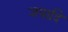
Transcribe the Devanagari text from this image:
जपादि